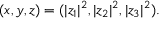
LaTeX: ( x , y , z ) = ( | z _ { 1 } | ^ { 2 } , | z _ { 2 } | ^ { 2 } , | z _ { 3 } | ^ { 2 } ) . \,